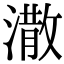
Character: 潵